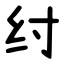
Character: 纣